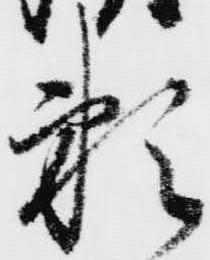
頼